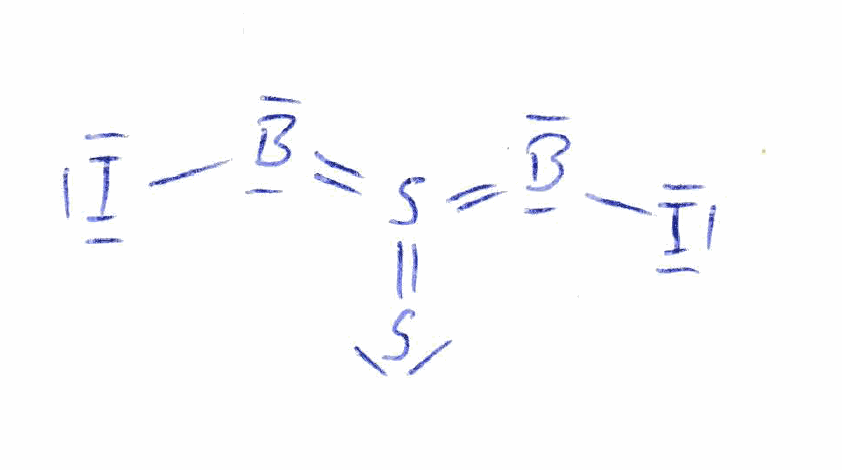
Simplified molecular-input line-entry system (SMILES) notation of the given molecule:
B(=S(=BI)=S)I